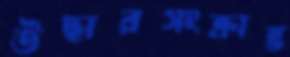
উদ্ধারসংক্রান্ত